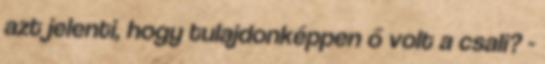
azt jelenti, hogy tulajdonképpen ő volt a csali? -